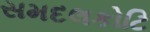
સમદલકોટિ